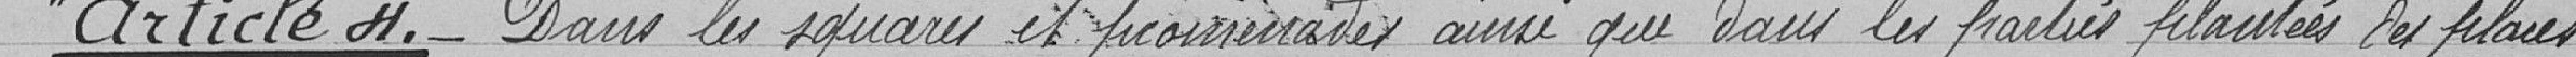
"Article 4.- Dans les squares et promenades ainsi que dans les parties plantées des places